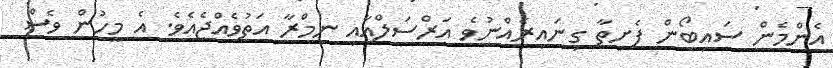
އެންމެން ސައިބޯން ފެށިތާ ގިނައިރެއްނުވެ އަރްސަލްއާއި ނިމްރާ އަތުވެއްޖެއެވެ. އެ މީހުން ވެސް